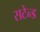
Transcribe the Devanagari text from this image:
सटेन्ड